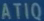
ATIQ